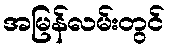
အမြန်လမ်းတွင်